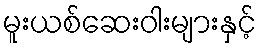
မူးယစ်ဆေးဝါးများနှင့်